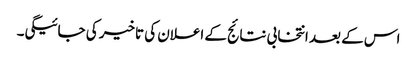
اس کے بعد انتخابی نتائج کے اعلان کی تاخیر کی جائیگی۔